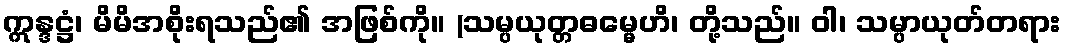
ဣန္ဒဋ္ဌံ၊ မိမိအစိုးရသည်၏ အဖြစ်ကို။ (သမ္ပယုတ္တဓမ္မေဟိ၊ တို့သည်။ ဝါ၊ သမ္ပာယုတ်တရား